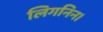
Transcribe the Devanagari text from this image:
लिगनिन।